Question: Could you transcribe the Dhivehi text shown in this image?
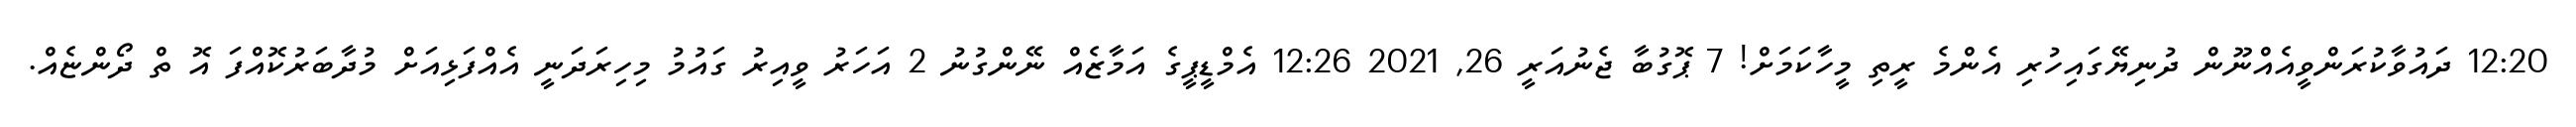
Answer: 12:20 ދައުވާކުރަންވީއެއްނޫން ދުނިޔޭގައިހުރި އެންމެ ރީތި މީހާކަމަށް! 7 ޕޮގުބާ ޖެނުއަރީ 26, 2021 12:26 އެމްޑީޕީގެ އަމާޒެއް ނޭންގުނު 2 އަހަރު ވީއިރު ގައުމު މިހިރަދަނީ އެއްފަޅިއަށް މުދާބަރުކޮއްފަ އޮ ތް ދޯންޏެއް.